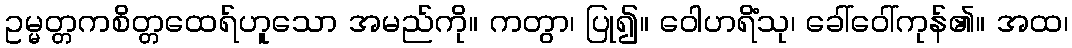
ဥမ္မတ္တကစိတ္တထေရ်ဟူသော အမည်ကို။ ကတွာ၊ ပြု၍။ ဝေါဟရိံသု၊ ခေါ်ဝေါ်ကုန်၏။ အထ၊